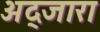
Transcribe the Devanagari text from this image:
अद्जारा